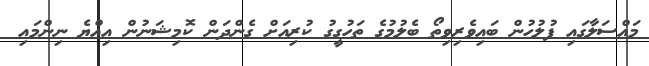
މައްސަލާގައި ފުލުހުން ބައިވެރިވިތޯ ބެލުމުގެ ތަހުގީގު ކުރިއަށް ގެންދަން ކޮމިޝަނުން އިއްޔެ ނިންމައި